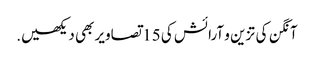
آنگن کی تزین و آرائش کی 15 تصاویر بھی دیکھیں.